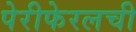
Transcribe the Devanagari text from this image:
पेरीफेरलची